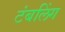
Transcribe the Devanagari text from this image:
टंबलिंग